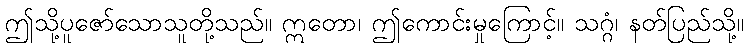
ဤသို့ပူဇော်သောသူတို့သည်။ ဣတော၊ ဤကောင်းမှုကြောင့်။ သဂ္ဂံ၊ နတ်ပြည်သို့။